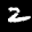
Label: 2